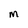
Character: M